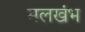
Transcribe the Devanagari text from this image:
मलखंभ